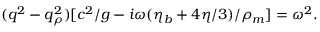
( q ^ { 2 } - q _ { \rho } ^ { 2 } ) [ c ^ { 2 } / g - i \omega ( \eta _ { b } + 4 \eta / 3 ) / \rho _ { m } ] = \omega ^ { 2 } .